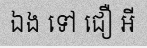
ឯង ទៅ ជឿ អី